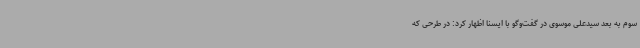
سوم به بعد سیدعلی موسوی در گفت‌وگو با ایسنا اظهار کرد: در طرحی که